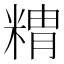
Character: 䊘